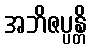
အဘိဇပ္ပန္တိ